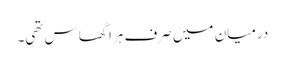
درمیان میں صرف ہرا گھاس تھی۔